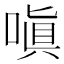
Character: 嗔